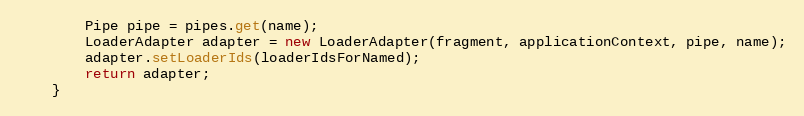
Language: Java
        Pipe pipe = pipes.get(name);
        LoaderAdapter adapter = new LoaderAdapter(fragment, applicationContext, pipe, name);
        adapter.setLoaderIds(loaderIdsForNamed);
        return adapter;
    }